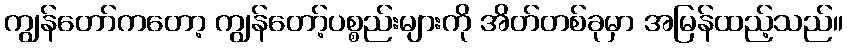
ကျွန်တော်ကတော့ ကျွန်တော့်ပစ္စည်းများကို အိတ်တစ်ခုမှာ အမြန်ထည့်သည်။